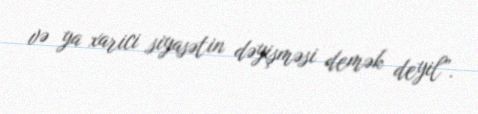
və ya xarici siyasətin dəyişməsi demək deyil”.